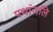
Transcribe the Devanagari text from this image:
पथांजलि